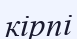
кірпі